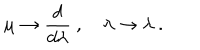
\mu \to \frac { d } { d \lambda } ~ , \quad \lambda \to \lambda ~ .